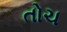
તોચ